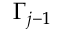
\Gamma _ { j - 1 }